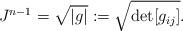
LaTeX: \begin{align*} J^{n-1}=\sqrt{|g|}:=\sqrt{\det[g_{ij}]}.\end{align*}